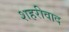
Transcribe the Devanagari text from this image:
शहरीवाद